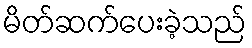
မိတ်ဆက်ပေးခဲ့သည်